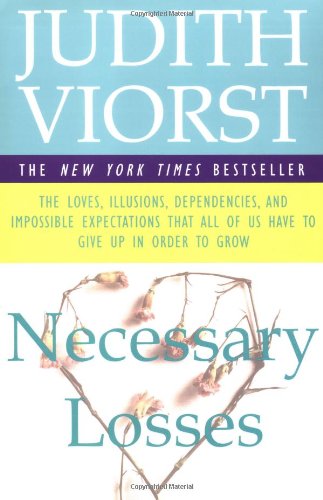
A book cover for Necessary Losses: The Loves, Illusions, Dependencies, and Impossible Expectations That All of Us Have to Give Up in Order to Grow; Judith Viorst; Self-Help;